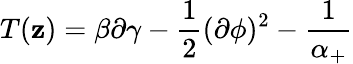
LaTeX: T(\mathbf{z})=\beta\partial\gamma-\frac{1}{2}(\partial\phi)^{2}-\frac{1}{{\alpha_{+}}}